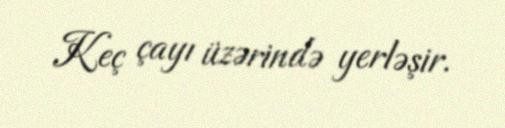
Keç çayı üzərində yerləşir.